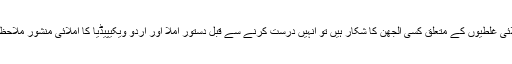
اگر آپ املائی غلطیوں کے متعلق کسی الجھن کا شکار ہیں تو انہیں درست کرنے سے قبل دستور املا اور اردو ویکیپیڈیا کا املائی منشور ملاحظہ فرما لیں۔